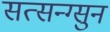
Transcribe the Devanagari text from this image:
सत्सन्ग्सुन